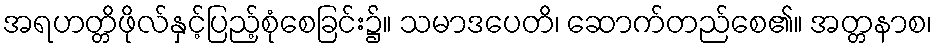
အရဟတ္တိဖိုလ်နှင့်ပြည့်စုံစေခြင်း၌။ သမာဒပေတိ၊ ဆောက်တည်စေ၏။ အတ္တနာစ၊